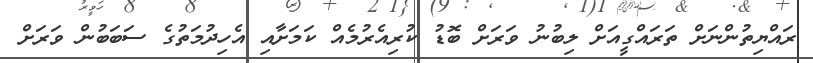
ރައްޔިތުންނަށް ތަރައްގީއަށް ލިބުނު ވަރަށް ބޮޑު ކުރިއެރުމެއް ކަމަށާއި އެހިދުމަތުގެ ސަބަބުން ވަރަށް